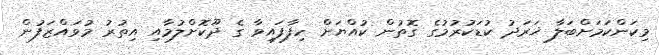
މިކަންކަމަށްބަލާ ޚަރަދު ކުޑަކުރުމުގެ ގޮތުން ކުއްޔަށް ހިފާފައިވާ ގެ ދޫކޮށްލުމާއި އިތުރު މުވައްޒަފުން